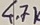
Text: 4.7K